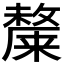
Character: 𭤎